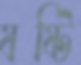
ষষ্টি